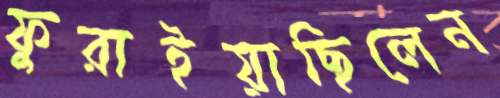
ফুরাইয়াছিলেন